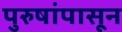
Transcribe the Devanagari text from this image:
पुरुषांपासून